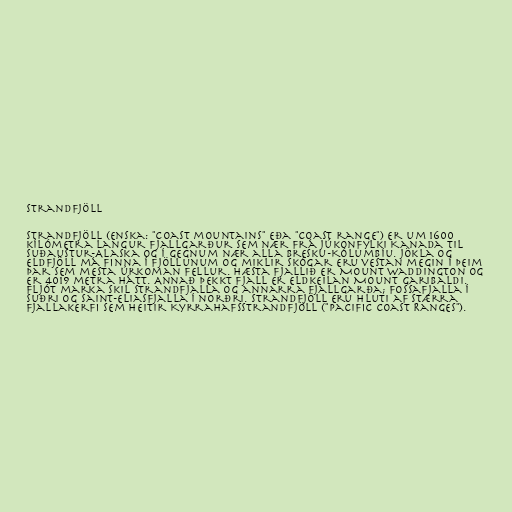
Strandfjöll

Strandfjöll (enska: "Coast mountains" eða "Coast range") er um 1600
kílómetra langur fjallgarður sem nær frá Júkonfylki Kanada til
suðaustur-Alaska og í gegnum nær alla Bresku-Kólumbíu. Jökla og
eldfjöll má finna í fjöllunum og miklir skógar eru vestan megin í þeim
þar sem mesta úrkoman fellur. Hæsta fjallið er Mount Waddington og
er 4019 metra hátt. Annað þekkt fjall er eldkeilan Mount Garibaldi.
Fljót marka skil Strandfjalla og annarra fjallgarða; Fossafjalla í
suðri og Saint-Eliasfjalla í norðri. Strandfjöll eru hluti af stærra
fjallakerfi sem heitir Kyrrahafsstrandfjöll ("Pacific Coast Ranges").